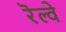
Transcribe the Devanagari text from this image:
रॆल्वे